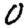
Digit: 0